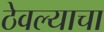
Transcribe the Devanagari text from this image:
ठेवल्याचा